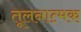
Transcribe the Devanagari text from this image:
तूलनात्मक